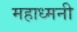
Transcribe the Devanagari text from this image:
महाध्मनी